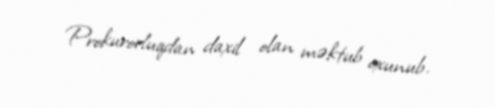
Prokurorluqdan daxil olan məktub oxunub.